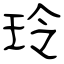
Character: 玲